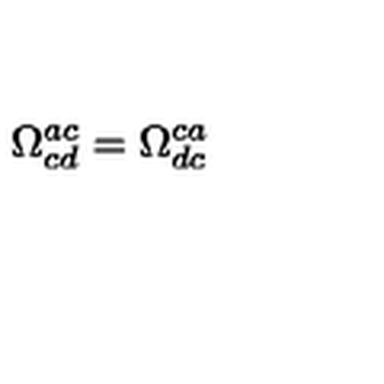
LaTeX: \Omega _ { c d } ^ { a c } = \Omega _ { d c } ^ { c a }